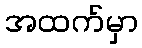
အထက်မှာ